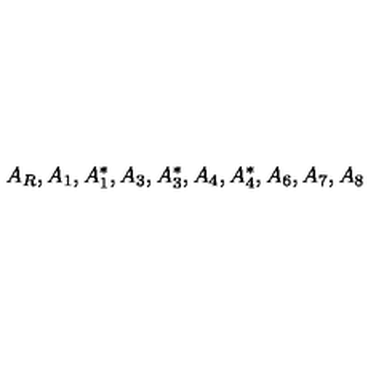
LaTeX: A _ { R } , A _ { 1 } , A _ { 1 } ^ { * } , A _ { 3 } , A _ { 3 } ^ { * } , A _ { 4 } , A _ { 4 } ^ { * } , A _ { 6 } , A _ { 7 } , A _ { 8 }